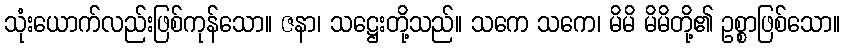
သုံးယောက်လည်းဖြစ်ကုန်သော။ ဇနာ၊ သဋ္ဌေးတို့သည်။ သကေ သကေ၊ မိမိ မိမိတို့၏ ဥစ္စာဖြစ်သော။